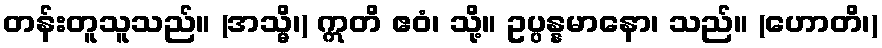
တန်းတူသူသည်။ (အသ္မိ၊) ဣတိ ဧဝံ၊ သို့။ ဥပ္ပန္နမာနော၊ သည်။ (ဟောတိ၊)